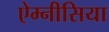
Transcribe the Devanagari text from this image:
ऐम्नीसिया